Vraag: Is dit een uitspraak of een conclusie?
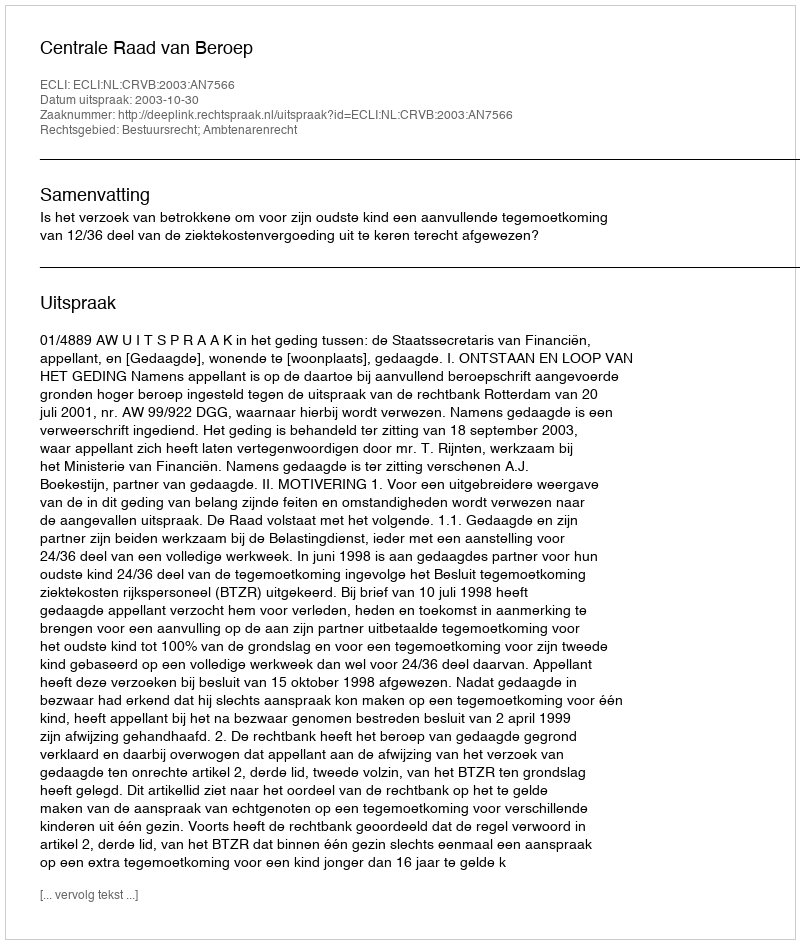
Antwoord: Uitspraak